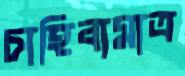
চাহিবামাত্র